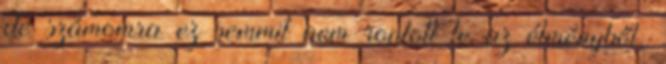
de számomra ez semmit nem rontott le az élményből,